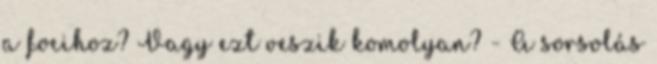
a focihoz? Vagy ezt veszik komolyan? - A sorsolás